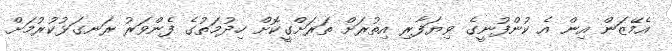
އެމޭޒަން އިން އެ ކުންފުނީގެ ވިޔަފާރި އިތުރަށް ތަރަށްގީކޮށް ހިދުމަތުގެ ފެންވަރު ރަނގަޅުކުރުމަށް